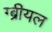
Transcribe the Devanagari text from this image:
ग्ब्रीयल